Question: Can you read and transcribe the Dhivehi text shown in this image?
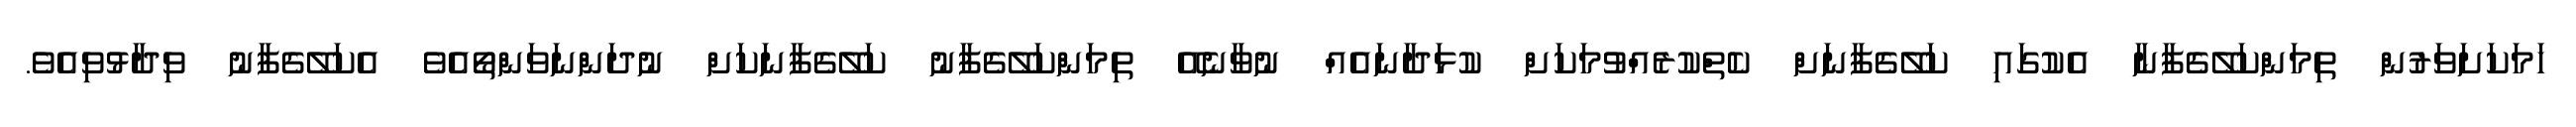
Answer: ހަމަކަށަވަރުން ތިމަންކަލޭގެފާނާ އެކުގައި ކަލޭގެފާނަށް ކެތްކުރެއްވުމަކަށް ކުޅަދާނައެއް ނުވާނެއޭ ތިމަންކަލޭގެފާނު ކަލޭގެފާނަކަށް ނުދަންނަވަންތޯއެވެ އެކަލޭގެފާނު ވިދާޅުވިއެވެ.